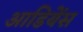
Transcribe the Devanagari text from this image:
आडियेंस